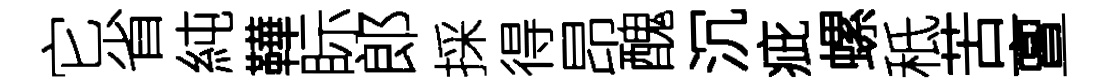
它省純鞾眎郎採得昂醜沉疵螺秪苦亶